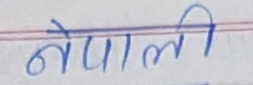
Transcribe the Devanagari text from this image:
नेपाली